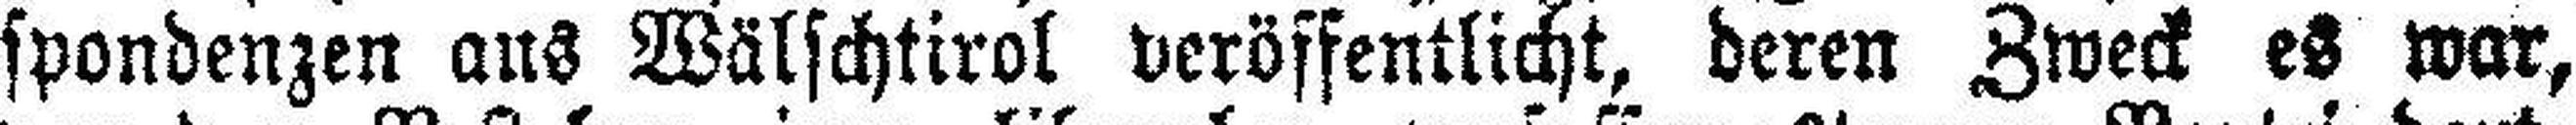
spondenzen aus Wälschtirol veröffentlicht, deren Zweck es war,